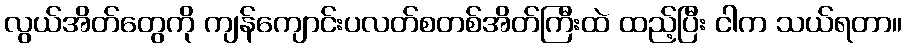
လွယ်အိတ်တွေကို ကျန်ကျောင်းပလတ်စတစ်အိတ်ကြီးထဲ ထည့်ပြီး ငါက သယ်ရတာ။